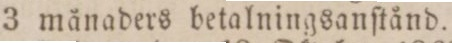
3 månaders betalningsanſtånd.